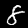
Label: 8